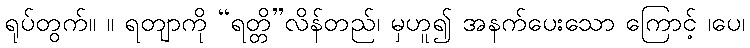
ရုပ်တွက်။ ။ ရတျာကို “ရတ္တိ”လိန်တည်၊ မှဟူ၍ အနက်ပေးသော ကြောင့် ၊ပေ၊